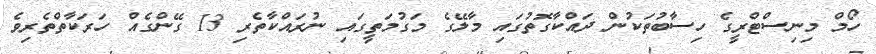
ހޯމް މިނިސްޓްރީގެ ހިސާބުތަކުން ދައްކާގޮތުގައި މާލޭގެ މަގުމަތީގައި ނުރައްކާތެރި 13 ގޭންގެއް ހަރަކާތްތެރިވެ